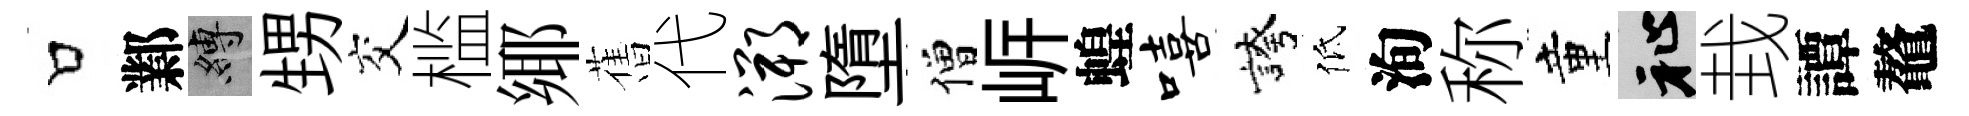
口鄴縛甥交槛鄊𦾔代溯墮僧㟁蝗嘻誇低洵称童祉㘽譚鼇